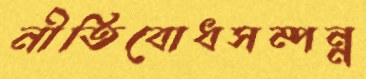
নীতিবোধসম্পন্ন